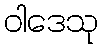
ဝါဒေသု